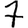
Digit: 7